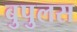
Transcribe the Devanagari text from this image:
बुपुलस